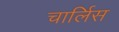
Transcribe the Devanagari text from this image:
चार्लिस